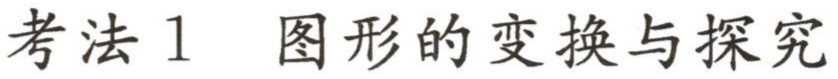
考法1 图形的变换与探究